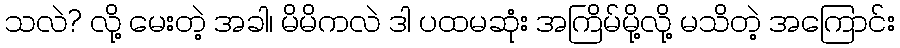
သလဲ? လို့ မေးတဲ့ အခါ၊ မိမိကလဲ ဒါ ပထမဆုံး အကြိမ်မို့လို့ မသိတဲ့ အကြောင်း